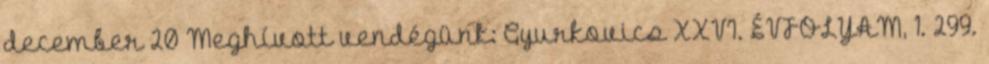
december 20 Meghívott vendégünk: Gyurkovics XXVI. ÉVFOLYAM, 1. 299.